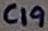
Text: C19